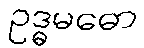
ဥဒ္ဓမဓော